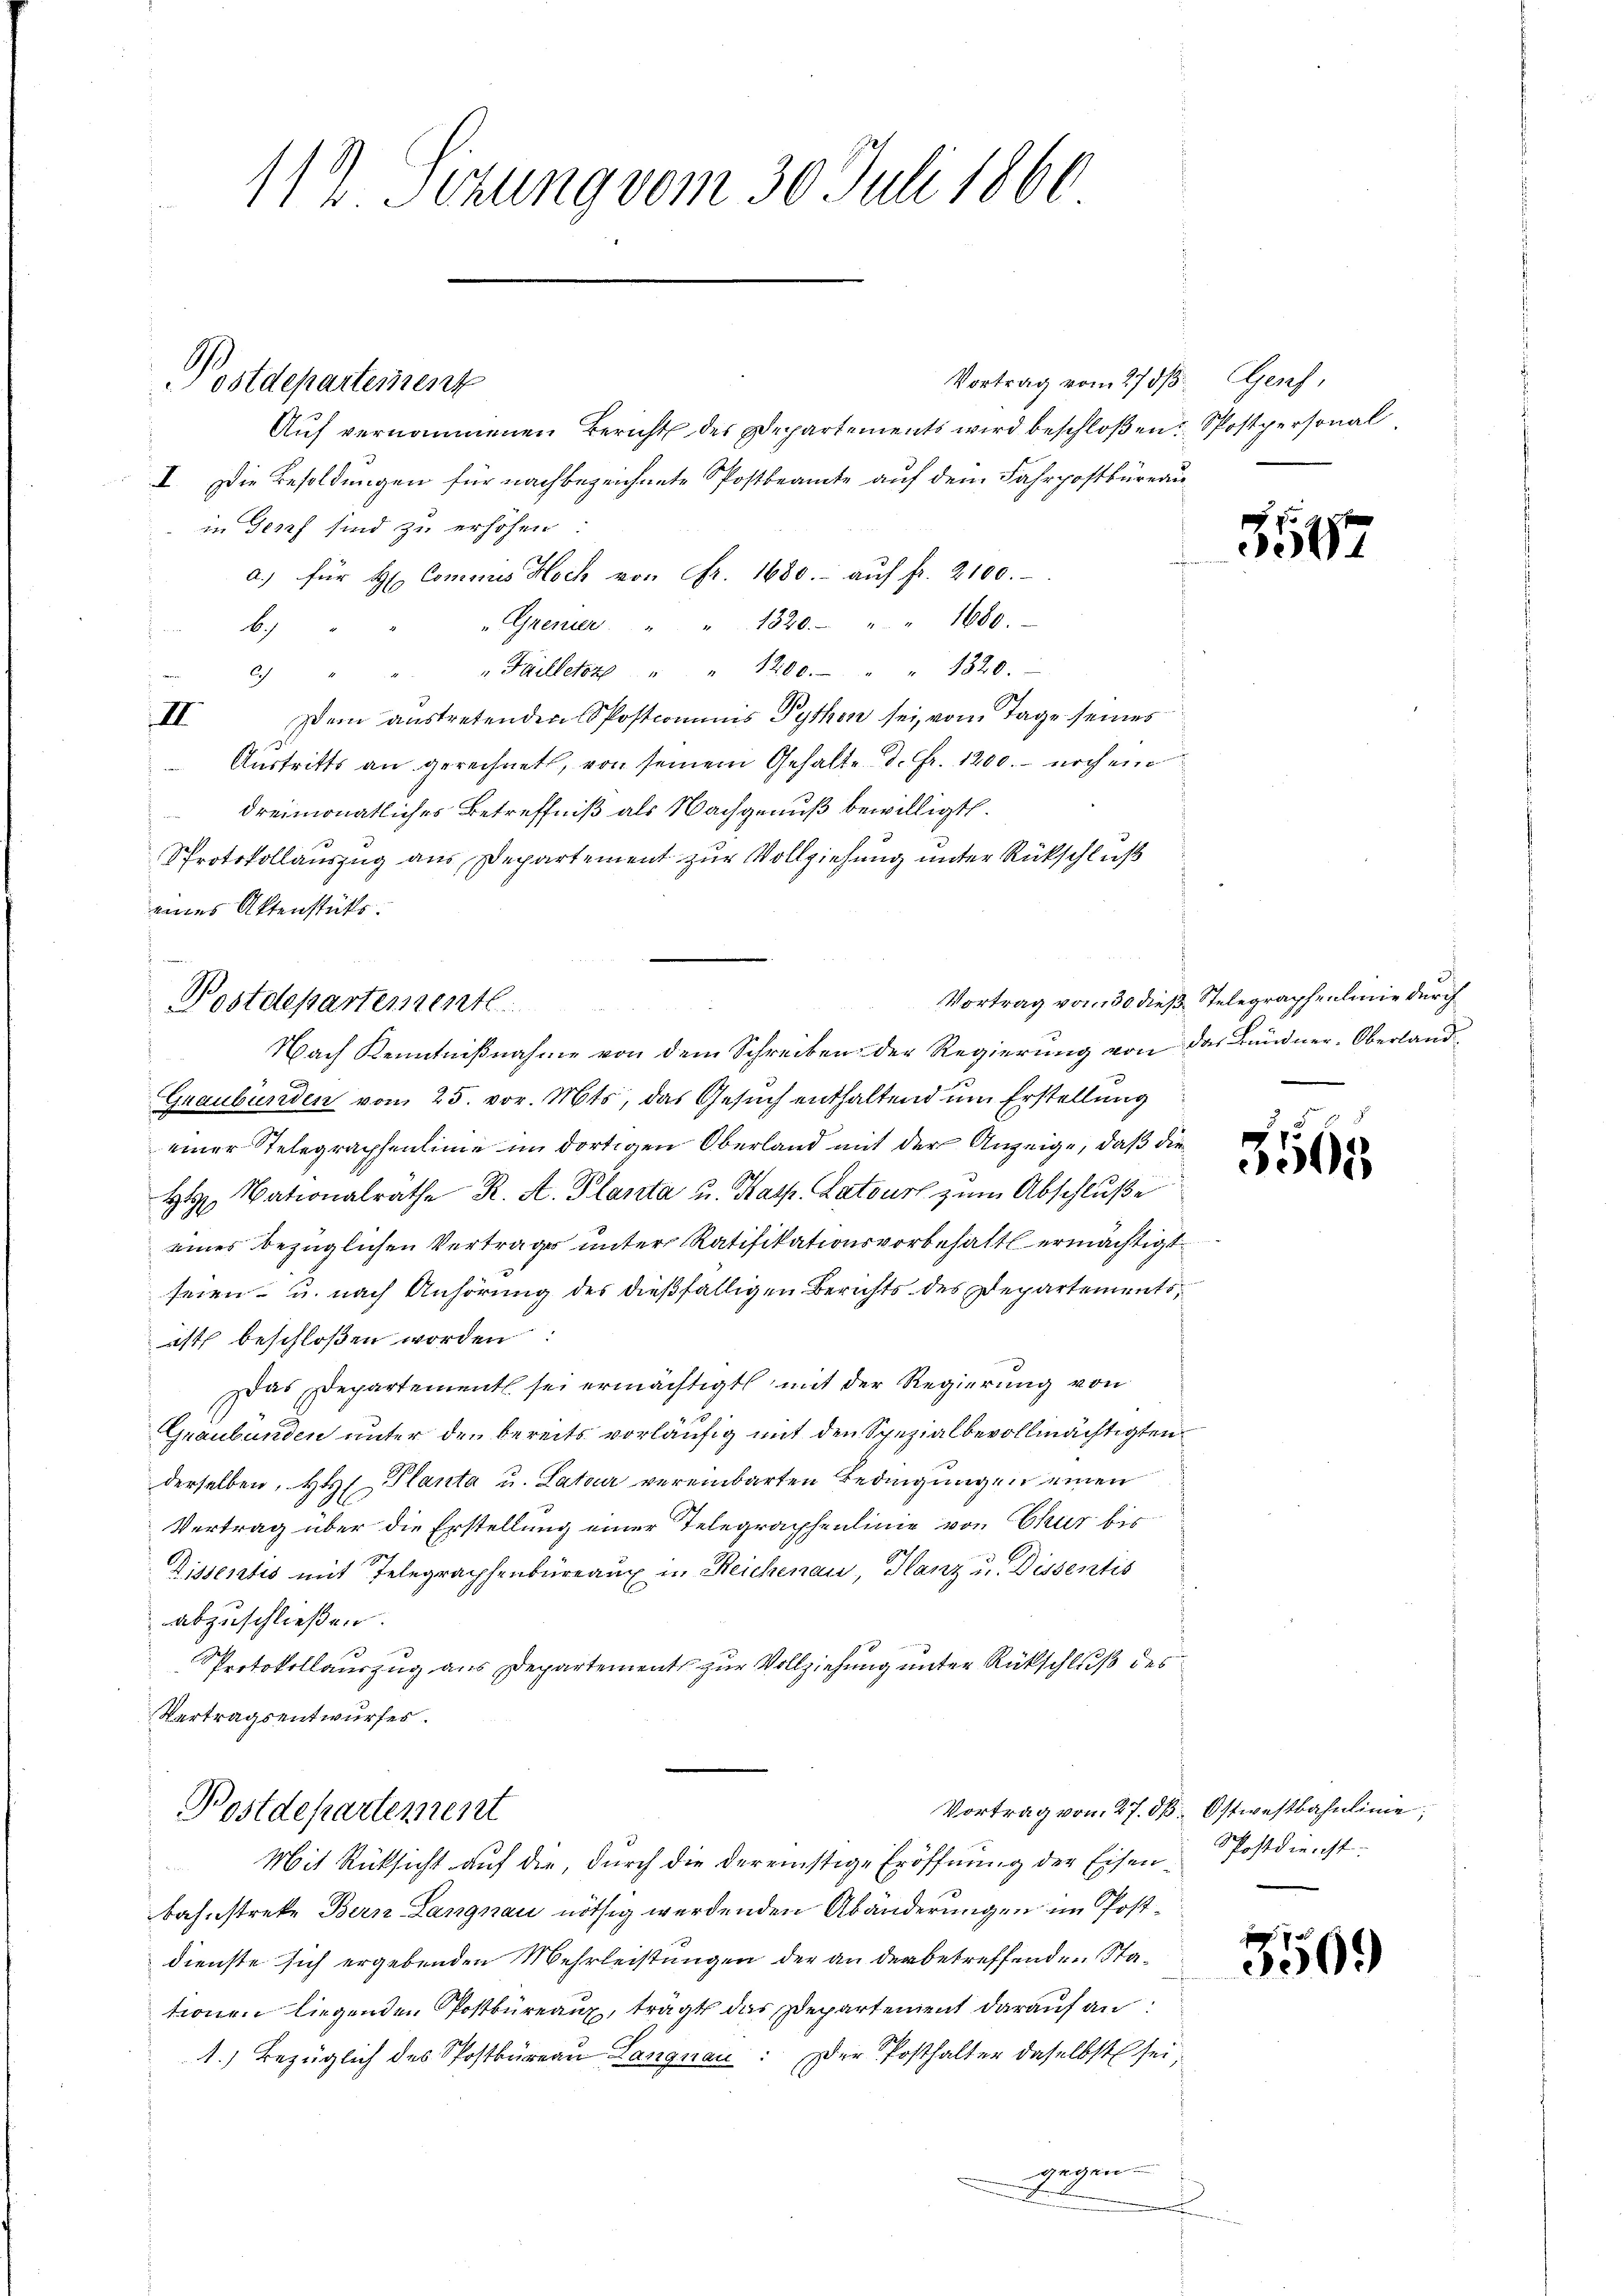
112. Sitzung vom 30. Juli 1860

Postdepartement

Postdepartemente

Vortrag vom 27 5/. Genf,
Auf vernommenen Bericht des Departements wird beschloßen: Sostpersonal
I. Die Besoldungen für nachbezeichnete Postbeamte auf dem Fahrpostbüreau
in Genf sind zu erhöhen
.
a.) für Hr. Commis Hoch von Fr. 1680. aŭf fr. 2100.
"Gremier " " 1320. " " 1680.
b)
"Failleter " " 1200. " " 1320.
Ich
Dem austretenden Spostcommis Pythen sei vom Tage seines
II
Austritts an gerechnet, von seinem Gehalte d. Fr. 1200. – noch ein
dreimonatliches Betreffniß als Nachgenuß bewilligt.
Protokollauszug aus Departement zur Vollziehung unter Rückschluß
eines Aktenstütts.
Nach Kenntnißnahme von dem Schreiben der Regierung von das Bündner-Oberland¬
Graubünden vom 25. vor. Mts, das Gesuch enthaltend um Erstellung
einer Telegraphenlinie im dortigen Oberland mit der Anzeige, daß die¬
H Nationalräthe K. A. Planta u. Kasp. Latours zum Abschluße
eines bezüglichen Vertrages unter Ratifikationsvorbehalt ermächtigt
seien u. nach Anhörung des dießfälligen Berichts des Departementsist beschloßen worden:
Das Departement sei ermächtigt mit der Regierung von
Graubünden unter den bereits vorläufig mit den Spezialbevollmächtigten
derselben, H. Planta u. Later vereinbarten Bedingungen einen
Vertrag über die Erstellung einer Telegraphenlinie von Chur bis
Dissentis mit Telegraphenbüreaux in Reichenau, Glanz u. Dissentis
abzuschließen.
Protokollauszug aus Departement zur Vollziehung unter Rückschluß des
Vertragsentwurfes.
Vortrag vom 27. dβ. Ostwestbahnlinie,
Postdepartement
Mit Rücksicht auf die, durch die dereinstige Eröffnung der Eisen Postdienst
bahnstreke Bern Langnau nöthig werdenden Abänderungen im Postdienste sich ergebenden Mehrleistungen der an der betreffenden Stationen liegenden Postbüreaux, trägt das Departement darauf an
1.) Bezüglich des Postbüreau Langnau: der Posthalter daselbst sei,
gegen

F

354

Vortrag vom 30 dieß Telegraphenlmie durch

3565

350.